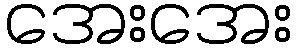
အေးအေး